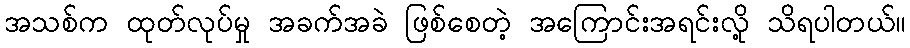
အသစ်က ထုတ်လုပ်မှု အခက်အခဲ ဖြစ်စေတဲ့ အကြောင်းအရင်းလို့ သိရပါတယ်။